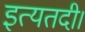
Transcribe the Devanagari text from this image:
इत्यतदी।